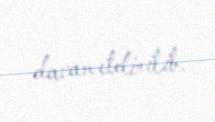
davam etdirilib.